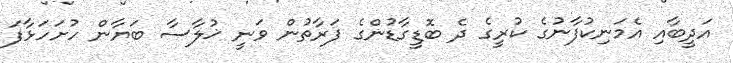
އަދީބާއި އެމަނިކުފާނުގެ ކުރީގެ ދެ ބޮޑީގާޑުންގެ ފަރާތުން ވަނީ ޚުލާސާ ބަޔާން ހުށަހަޅާފަ